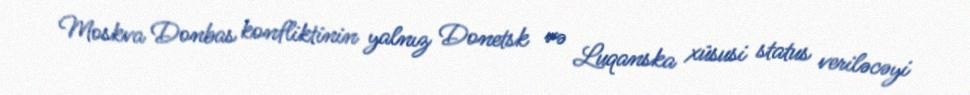
Moskva Donbas konfliktinin yalnız Donetsk və Luqanska xüsusi status veriləcəyi